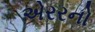
એરરનો